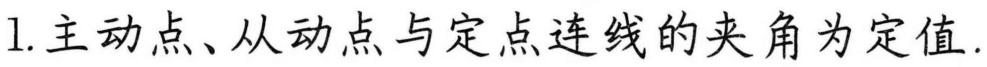
1. 主动点、从动点与定点连线的夹角为定值.